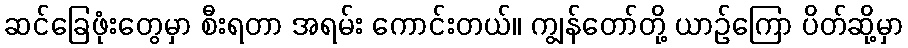
ဆင်ခြေဖုံးတွေမှာ စီးရတာ အရမ်း ကောင်းတယ်။ ကျွန်တော်တို့ ယာဉ်ကြော ပိတ်ဆို့မှာ